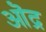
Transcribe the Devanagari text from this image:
ऒद्र